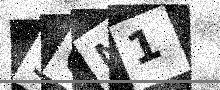
Text: 3QN1